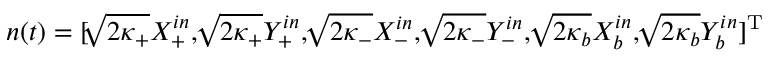
n ( t ) = [ \sqrt [ ] { 2 \kappa _ { + } } X _ { + } ^ { i n } , \sqrt [ ] { 2 \kappa _ { + } } Y _ { + } ^ { i n } , \sqrt [ ] { 2 \kappa _ { - } } X _ { - } ^ { i n } , \sqrt [ ] { 2 \kappa _ { - } } Y _ { - } ^ { i n } , \sqrt [ ] { 2 \kappa _ { b } } X _ { b } ^ { i n } , \sqrt [ ] { 2 \kappa _ { b } } Y _ { b } ^ { i n } ] ^ { \mathrm { T } }